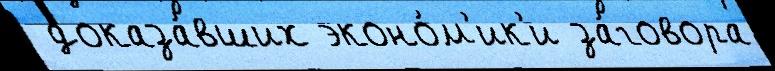
 доказа́вших эконо́м'ик'и за́говора